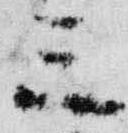
三